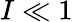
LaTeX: I\ll 1